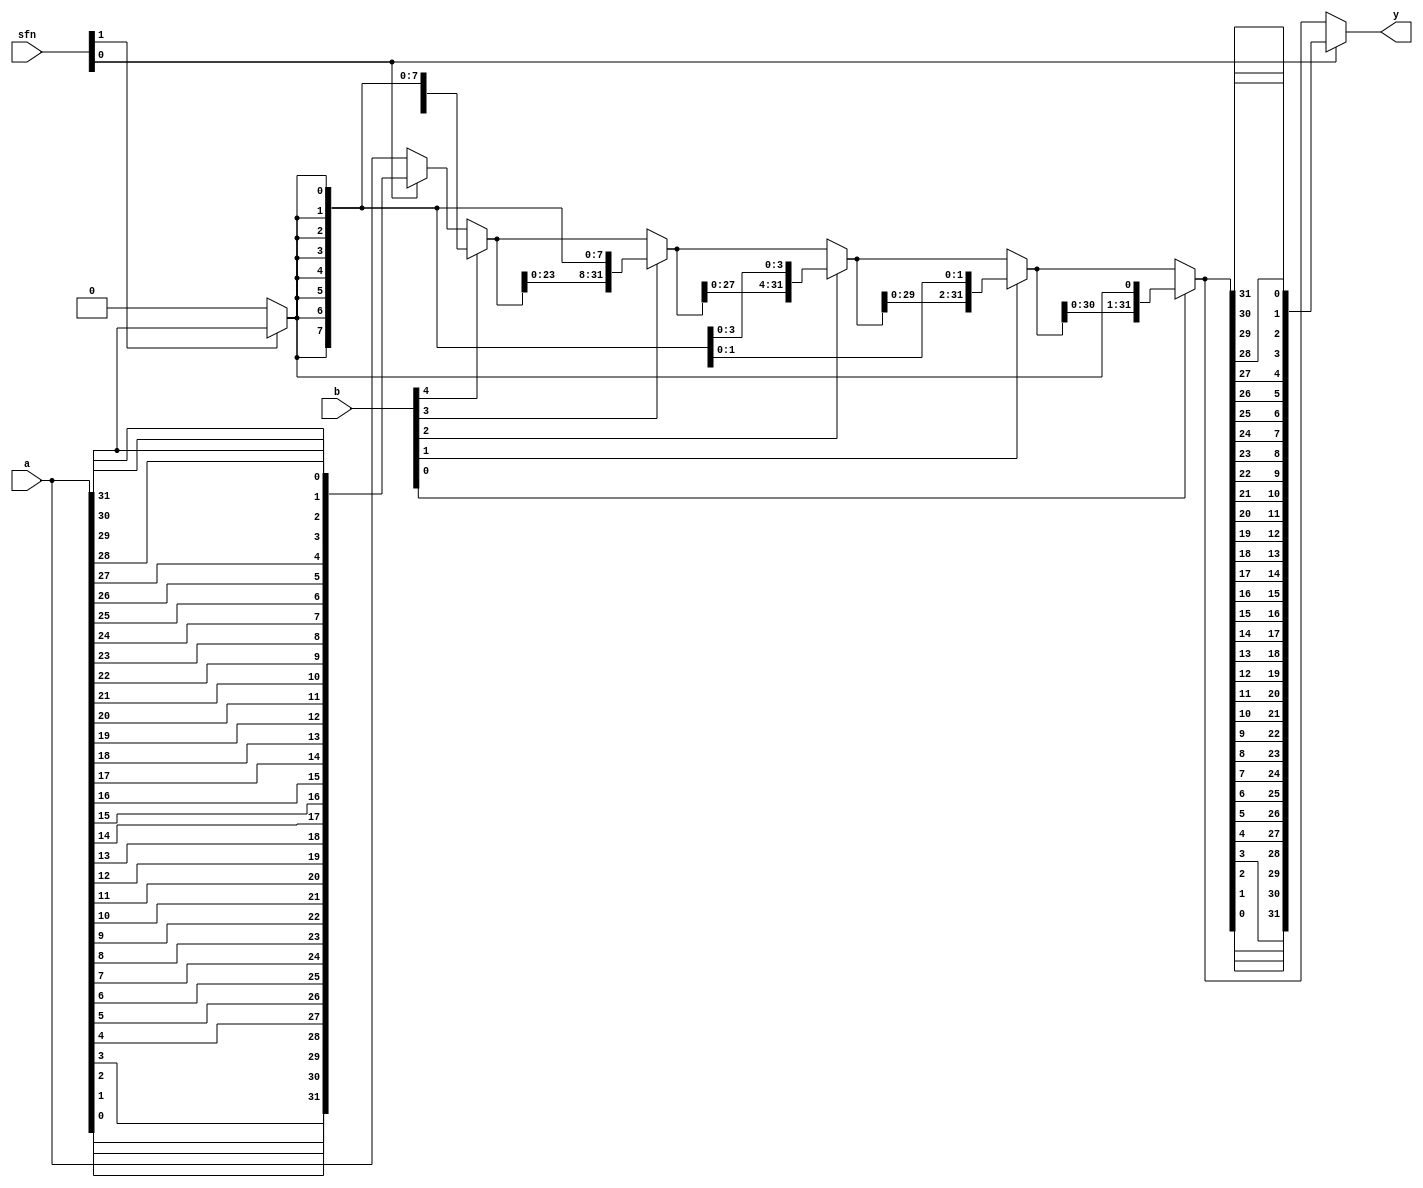
// alu_shift.v
//
// tom@fors.net, November 19, 2016
//
// Purpose:
//   Shift logic for ALU


module alu_shift (
    input      [31:0] a,
    input       [4:0] b,
    input       [1:0] sfn,

    output     [31:0] y
);

function [31:0] bit_reverse;
    input [31:0] a;
    begin
        bit_reverse = {a[0],  a[1],  a[2],  a[3],  a[4],  a[5],  a[6],  a[7],
                       a[8],  a[9],  a[10], a[11], a[12], a[13], a[14], a[15],
                       a[16], a[17], a[18], a[19], a[20], a[21], a[22], a[23],
                       a[24], a[25], a[26], a[27], a[28], a[29], a[30], a[31]};
    end
endfunction

wire in;
assign in = (sfn[1] == 1 ? a[31] : 1'b0);

wire [31:0] ain;
assign ain = (sfn[0] == 1 ? bit_reverse(a[31:0]) : a[31:0]);


wire [31:0] q;
assign q = (b[4] == 1 ? {ain[15:0], {16{in}}} : ain[31:0]);

wire [31:0] r;
assign r = (b[3] == 1 ? {q[23:0], {8{in}}} : q[31:0]);

wire [31:0] s;
assign s = (b[2] == 1 ? {r[27:0], {4{in}}} : r[31:0]);

wire [31:0] t;
assign t = (b[1] == 1 ? {s[29:0], {2{in}}} : s[31:0]);

wire [31:0] sl;
assign sl = (b[0] == 1 ? {t[30:0], in} : t[31:0]);


assign y = (sfn[0] == 1 ? bit_reverse(sl[31:0]) : sl[31:0]);

endmodule